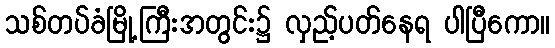
သစ်တပ်ခံမြို့ကြီးအတွင်း၌ လှည့်ပတ်နေရ ပါပြီကော။